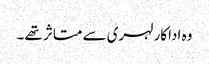
وہ اداکار لہری سے متاثر تھے ۔